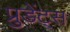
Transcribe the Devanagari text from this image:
प्रुडेंट्स